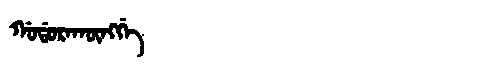
Manchu: ᡤᠣᡩᠣᡵᠠᡴᡡᠩᡤᡝ
Romanization: GODORAKŪNGGE